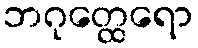
ဘဂုတ္ထေရော